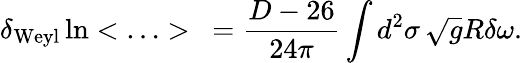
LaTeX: \delta_{\mathrm{Weyl}}\ln<\ldots>\ =\frac{D-26}{24\pi}\int d^{2}\sigma\, \sqrt{g}R\delta\omega.